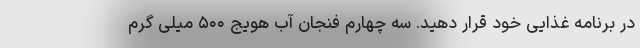
در برنامه غذایی خود قرار دهید. سه چهارم فنجان آب هویج ۵۰۰ میلی گرم